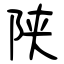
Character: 陕